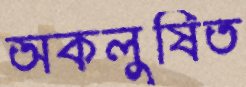
অকলুষিত